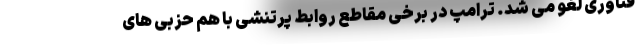
فناوری لغو می شد. ترامپ در برخی مقاطع روابط پرتنشی با هم حزبی های